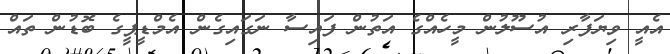
އެއީ ވިޔަފާރި އުސޫލުން މީހެއްގެ އަތުން ފައިސާ ނަގައިގެން އެމްޑީޕީގެ ބޮޑުން ތައް